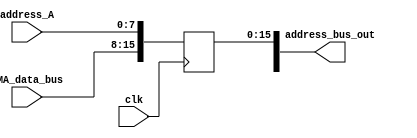
module elJoker(address_A, DMA_data_bus , address_bus_out , clk); //da bytl3 address 16 but to memory

input [7:0]address_A , DMA_data_bus;
input clk;
output reg[31:0]address_bus_out;

always@(posedge clk)
begin

address_bus_out[7:0] = address_A;
address_bus_out[15:8] = DMA_data_bus;
end

endmodule